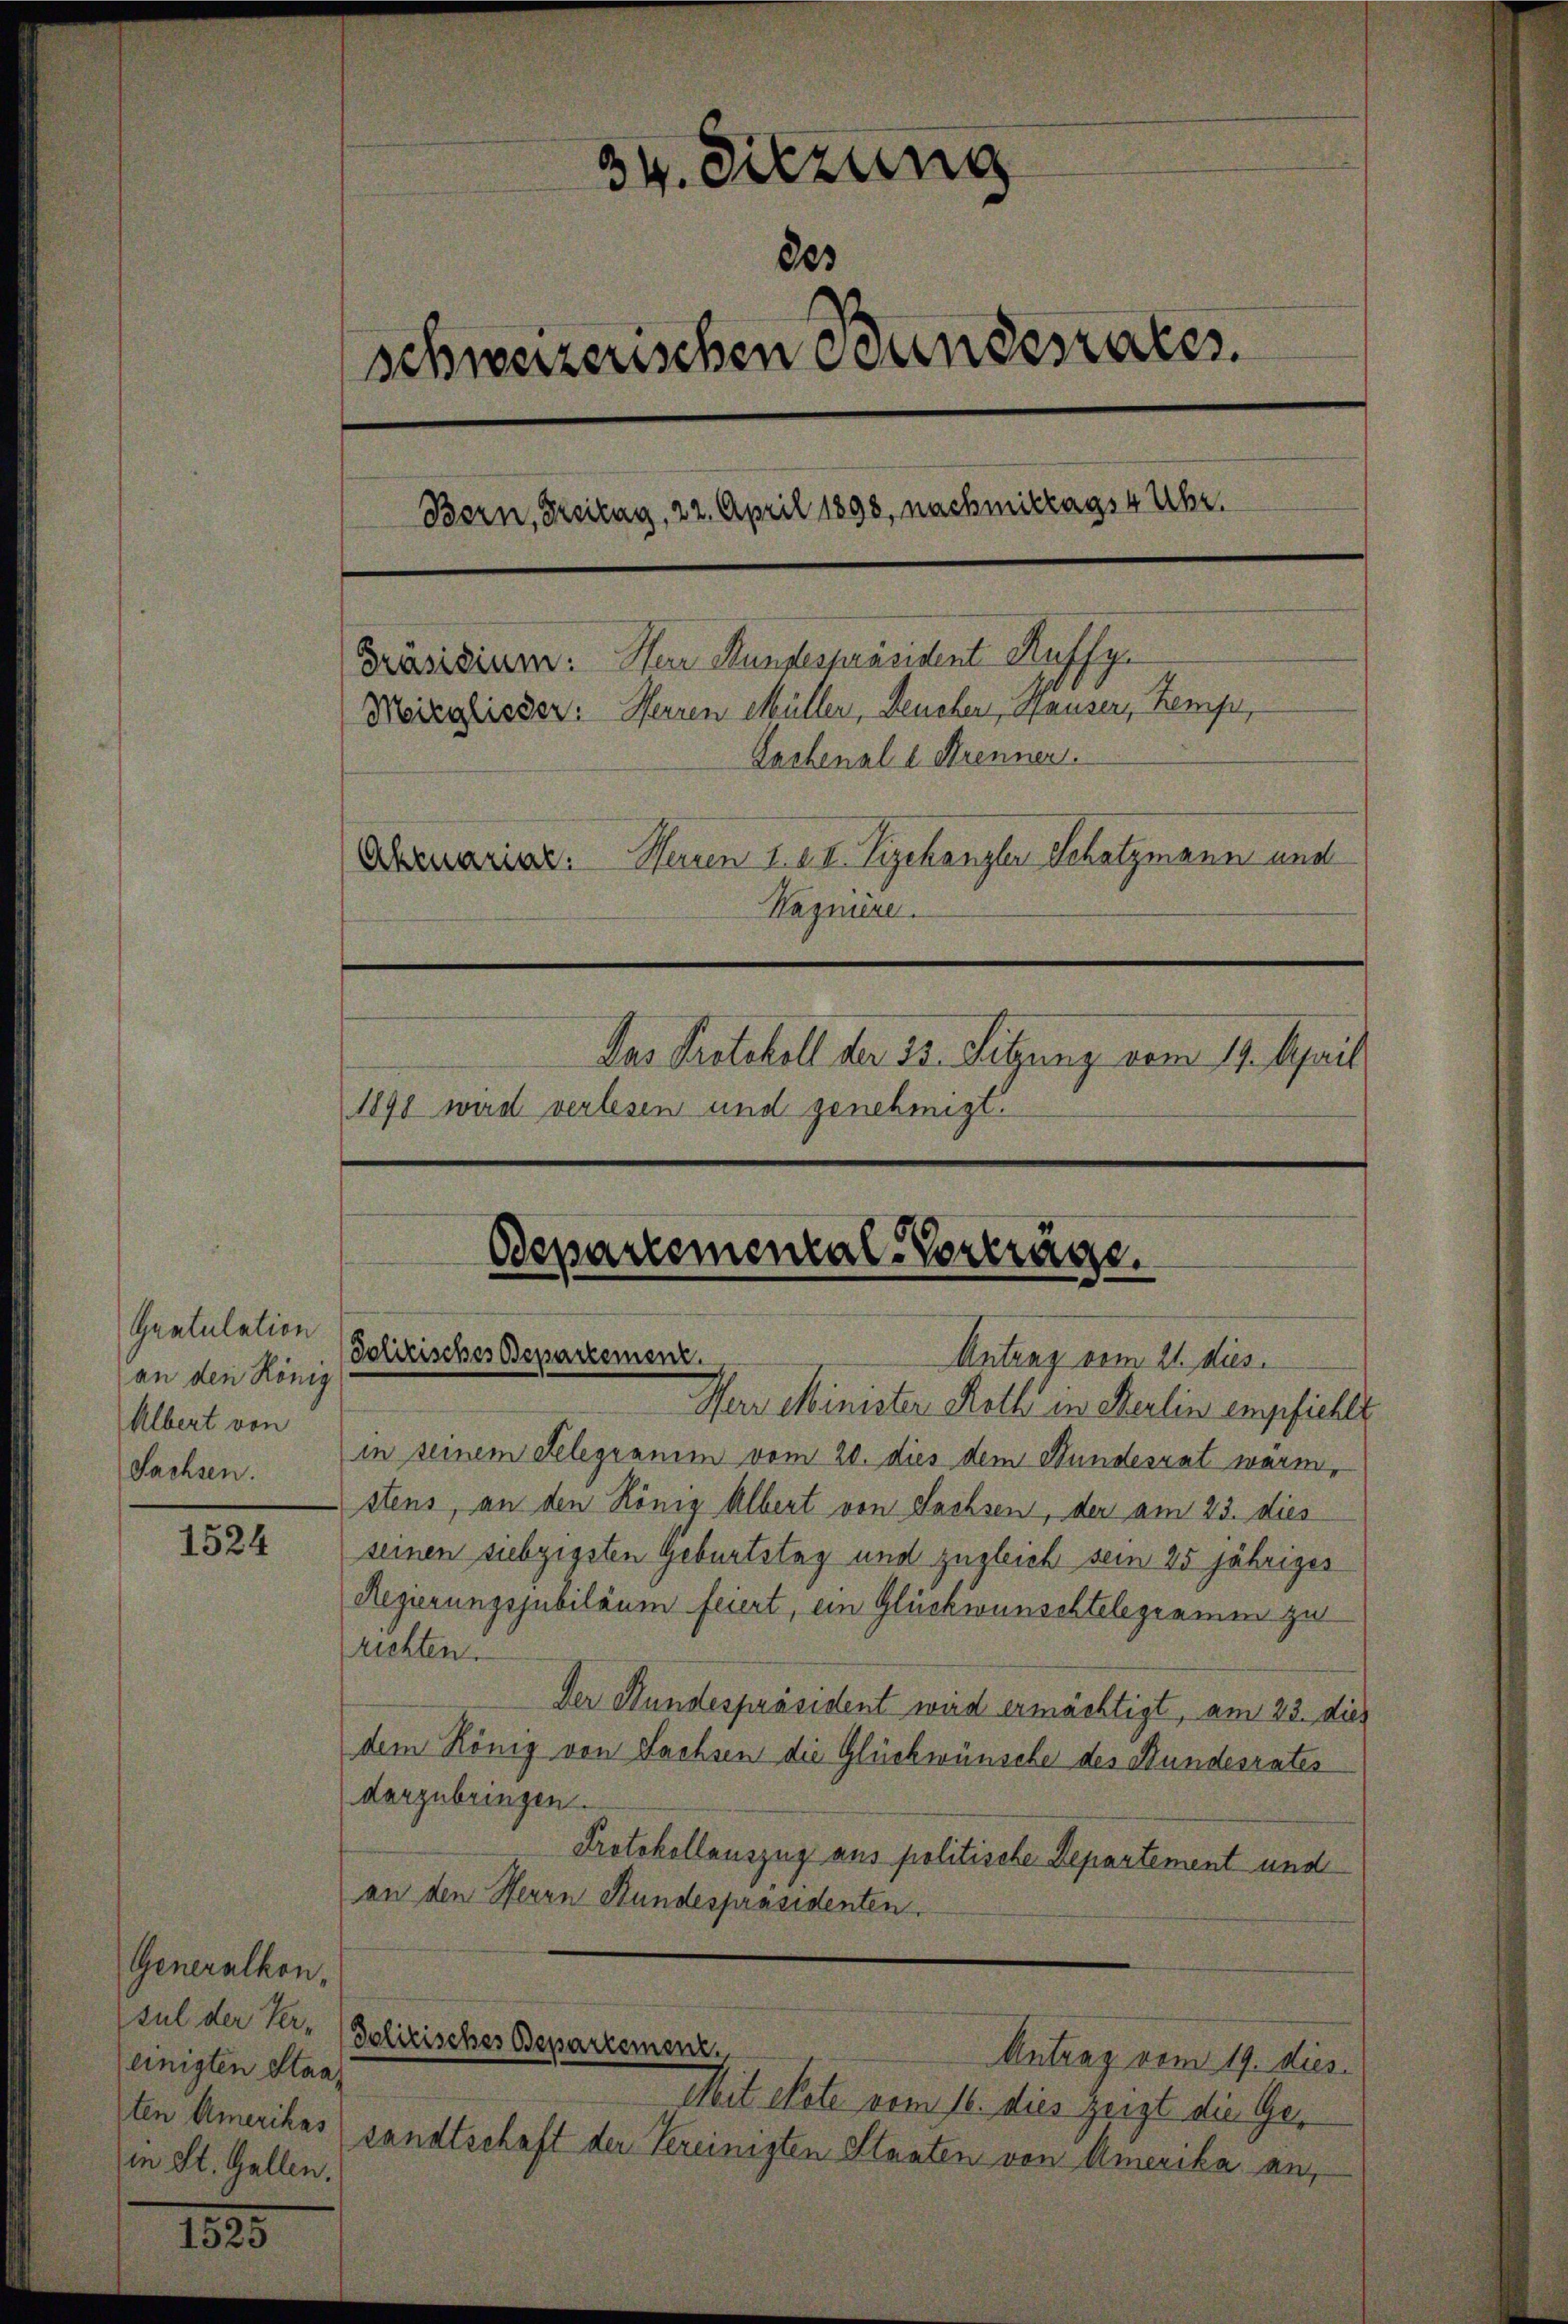
Gratulation
an den König
Albert von
Sachsen.

1524

Generalkon,
sul der Ver-
einigten Staaten Amerikas
in St. Gallen.

34. Sitzung
des
schweizerischen Bundesrates.
Bern, Breitag, 22. April 1898, nachmittags 4 Uhr.
Präsidium: Herr Rundespräsident Ruffy.
Moreglieder: Herren Müller, Deucher, Hauser, Kemp,
Lachenall Brennen.
Herren 1. d. II. Vizekanzler Schatzmann und
Aktuarial:
Wagniere.
Das Protokoll der 33. Sitzung vom 19. April
1898 wird verlesen und genehmigt.

Odepartemental-Vorträge.
Polizisches Departement.
Antrag vom 21. dies

Herr Minister Roth in Kerlin empfiehlt
in seinem Gelegramm vom 20. dies dem Bundesrat warm,
stens, an den König Albert von Sachsen, der am 23. dies
seinen siebzigsten Geburtstag und zugleich sein 25 jähriger
Regierungsjubiläum feiert, ein Glückwunschtelegramm zu
richten.
Der Bundespräsident wird ermächtigt, am 23. dies
dem König von Sachsen die Glückwünsche des Bundesrates
darzubringen.
Protokollauszug aus politische Departement und
an den Herrn Stundespräsidenten.

Politisches Departement.
Antrag vom 19. dies

Mit ekete vom 16. dies Zeigt die Gesandtschaft der Vereinigten Staaten von Amerika an,